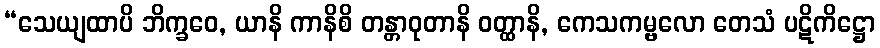
“သေယျထာပိ ဘိက္ခဝေ, ယာနိ ကာနိစိ တန္တာဝုတာနိ ဝတ္ထာနိ, ကေသကမ္ဗလော တေသံ ပဋိကိဋ္ဌော